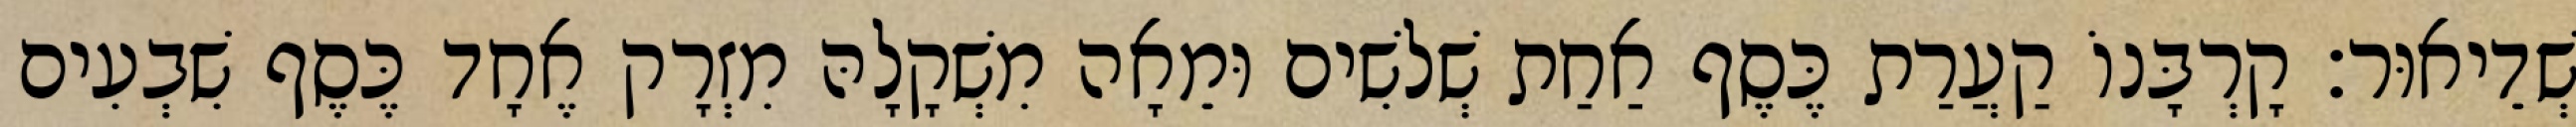
שְׁדֵיאוּר׃ קָרְבָּנוֹ קַעֲרַת כֶּסֶף אַחַת שְׁלשִׁים וּמֵאָה מִשְׁקָלָהּ מִזְרָק אֶחָד כֶּסֶף שִׁבְעִים